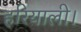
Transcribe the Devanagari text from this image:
हरियाली।